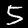
Label: 5